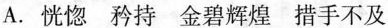
A. 恍惚 矜持 金碧辉煌 措手不及